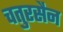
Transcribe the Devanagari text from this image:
चतुरसैन